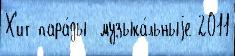
Х'ит-пара́ды  музыка́льныjе 2011